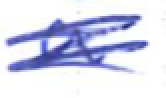
Text: a
Cross-out: mix
Writing tool: ballpoint